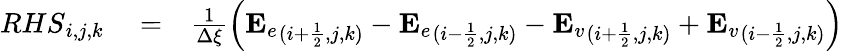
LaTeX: \begin{array}{rlr}{{RHS}_{i,j,k}}&{{}=}&{\frac{1}{\Delta\xi}\left({\mathbf{E}_{e}}_{(i+\frac{1}{2},j,k)}-{\mathbf{E}_{e}}_{(i-\frac{1}{2},j,k)}-{\mathbf{E}_{v}}_{(i+\frac{1}{2},j,k)}+{\mathbf{E}_{v}}_{(i-\frac{1}{2},j,k)}\right)}\end{array}